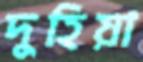
দুহিয়া